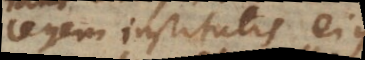
legem institutis ejus